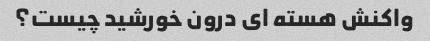
واکنش هسته ای درون خورشید چیست؟